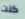
كنت